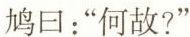
鸠曰：”何故?”